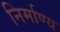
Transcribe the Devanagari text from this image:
निर्माण्य